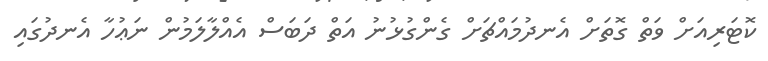
ކޮޓަރިއަށް ވަތް ގޮތަށް އެނދުމައްޗަށް ގެންގުޅުނު އަތް ދަބަސް އެއްލާލަމުން ނަޢުހާ އެނދުގައި